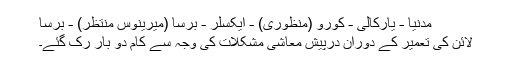
مدنیا - یارکالی - کورو (منظوری) - ایکسلر - برسا (میرینوس منتظر) - برسا
لائن کی تعمیر کے دوران درپیش معاشی مشکلات کی وجہ سے کام دو بار رک گئے۔